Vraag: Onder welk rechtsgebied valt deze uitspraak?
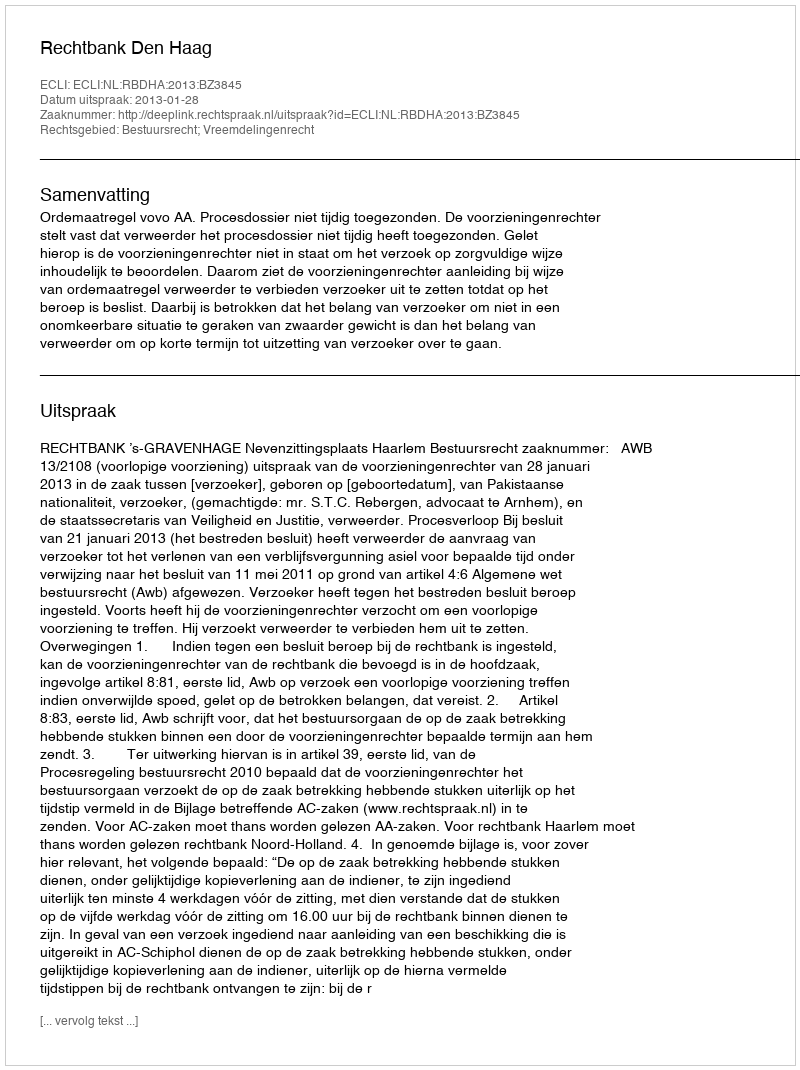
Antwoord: Bestuursrecht; Vreemdelingenrecht